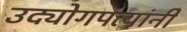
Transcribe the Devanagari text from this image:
उद्योगपत्यांनी